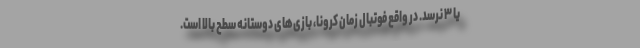
یا ۳ نرسد. در واقع فوتبال زمان کرونا، بازی‌های دوستانه سطح بالا است.